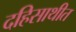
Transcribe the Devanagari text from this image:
दहिसाथीत